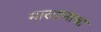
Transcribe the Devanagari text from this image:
मारतानाचा